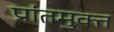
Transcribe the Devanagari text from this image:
प्रांतमुक्त